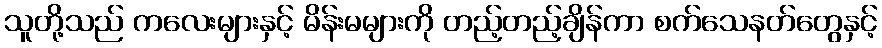
သူတို့သည် ကလေးများနှင့် မိန်းမများကို တည့်တည့်ချိန်ကာ စက်သေနတ်တွေနှင့်